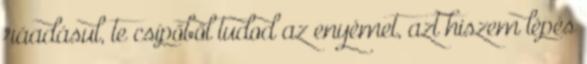
ráadásul, te csípőből tudod az enyémet, azt hiszem lépés